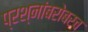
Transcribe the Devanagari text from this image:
प्रश्नांबरोबरच